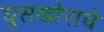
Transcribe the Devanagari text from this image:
घुसखोराचे